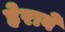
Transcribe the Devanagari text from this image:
हेरावे